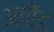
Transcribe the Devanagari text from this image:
अवोंड